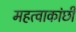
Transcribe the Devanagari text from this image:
महत्वाकांछी